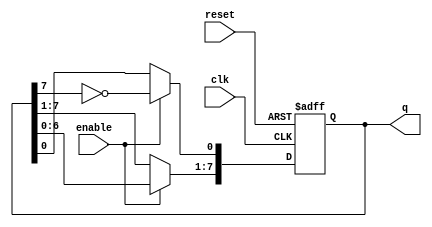
module johnson_counter (
    input wire clk,         // Clock input
    input wire reset,       // Asynchronous reset
    input wire enable,      // Enable signal
    output reg [7:0] q      // 8-bit output representing the counter state
);

// Always block triggered on the rising edge of the clock or on reset
always @(posedge clk or posedge reset) begin
    if (reset) begin
        // Reset the counter to initial state
        q <= 8'b00000000;
    end else if (enable) begin
        // Shift the counter state
        q[7:1] <= q[6:0];               // Shift right
        q[0] <= ~q[7];                  // Feedback inverted last bit to first
    end
end

endmodule